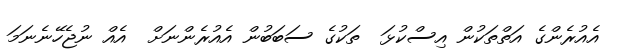
އެއުރެންގެ އަތްތަކުން އިސްކުޅަ  ތަކުގެ ސަބަބުން އެއުރެންނަށް  އެއް ނުޖެހޭނެނަމަ